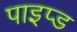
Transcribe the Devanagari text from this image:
पाइप्ड